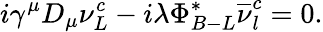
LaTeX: i\gamma^{\mu}D_{\mu}\nu_{L}^{c}-i\lambda\Phi_{B-L}^{*}\overline{{{\nu}}}_{l}^{c}=0.